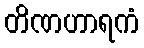
တိဏဟာရကံ